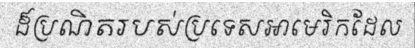
ដ៏ប្រណិតរបស់ប្រទេសអាមេរិកដែល